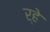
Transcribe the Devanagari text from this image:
र्हे